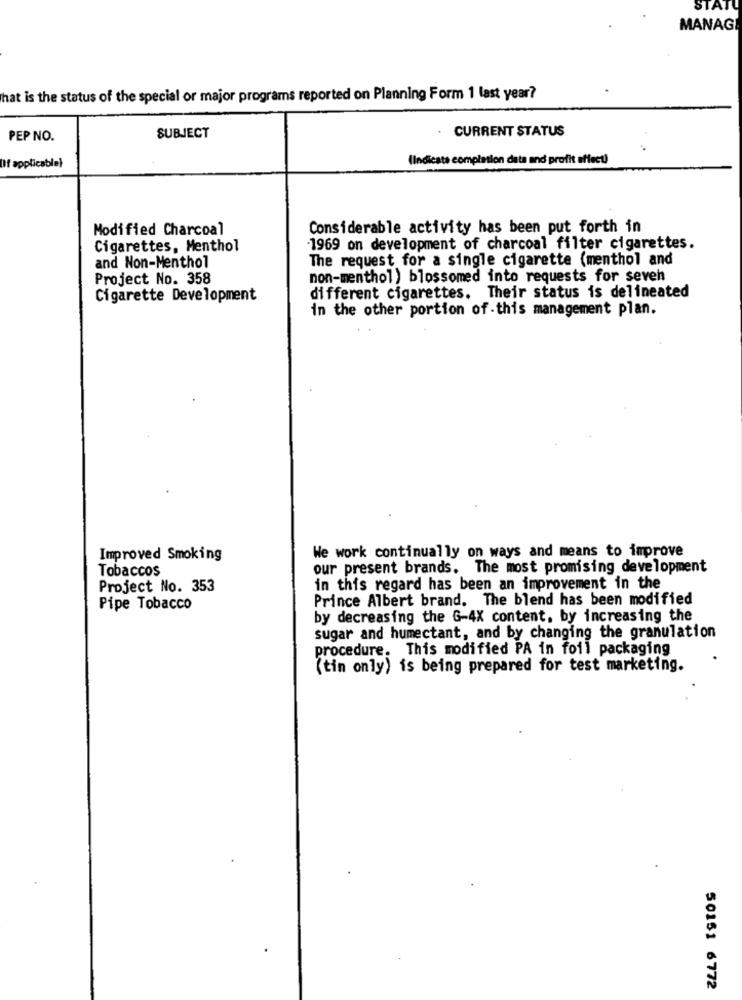
STATU
MANAGE
that is the status of the special or major programs reported on Planning Form 1 last year?
CURRENT STATUS
PEP NO.
SUBJECT
(Indicate completion data and profit effect)
Df applicable}
Modified Charcoal
Considerable activity has been put forth in
Cigarettes, Menthol
1969 on development of charcoal filter cigarettes.
The request for a single cigarette (menthol and
and Non-Menthol
Project No. 358
non-menthol) blossomed into requests for seveh
Cigarette Development
different cigarettes. Their status is delineated
in the other portion of this management plan.
We work continually on ways and means to improve
Improved Smoking
Tobaccos
our present brands. The most promising development
Project No. 353
in this regard has been an improvement in the
Prince Albert brand. The blend has been modified
Pipe Tobacco
by decreasing the G-4X content, by increasing the
sugar and humectant, and by changing the granulation
procedure. This modified PA in foil packaging
(tin only) is being prepared for test marketing.
50151 6772